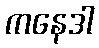
ကနေဒါ